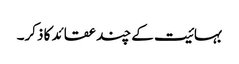
بہائیت کے چند عقائد کا ذکر۔